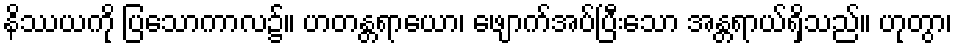
နိဿယကို ပြသောကာလ၌။ ဟတန္တရာယော၊ ဖျောက်အပ်ပြီးသော အန္တရာယ်ရှိသည်။ ဟုတွာ၊